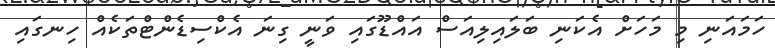
ހަމައަނި މި މަހަށް އެކަނި ބަލައިލިއަސް އައްޑޫގައި ވަނީ ގިނަ އެކްސިޑެންޓްތަކެއް ހިނގައި